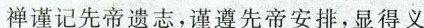
禅谨记先帝遗志，谨遵先帝安排，显得义